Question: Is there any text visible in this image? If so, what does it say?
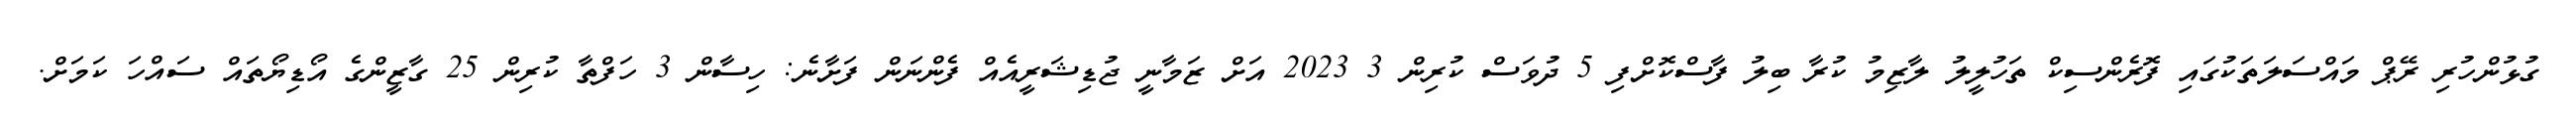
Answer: ގުޅުންހުރި ރޭޕް މައްސަލަތަކުގައި ފޮރެންސިކް ތަހުލީލު ލާޒިމު ކުރާ ބިލު ފާސްކޮށްފި 5 ދުވަސް ކުރިން 3 2023 އަށް ޒަމާނީ ޖުޑިޝަރީއެއް ފެންނަން ފަށާނެ: ހިސާން 3 ހަފްތާ ކުރިން 25 ގާޒީންގެ އޯޑިޔޯތައް ސައްހަ ކަމަށް.